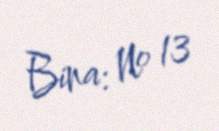
Bina: № 13